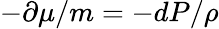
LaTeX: -\partial\mu/m=-dP/\rho